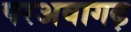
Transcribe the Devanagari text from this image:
परअवागढ़